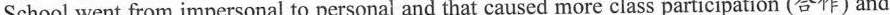
School went from impersonal to personal and that caused more class participation (合作) and